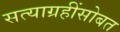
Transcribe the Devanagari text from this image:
सत्याग्रहींसोबत